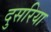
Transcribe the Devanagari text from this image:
दुसरिया